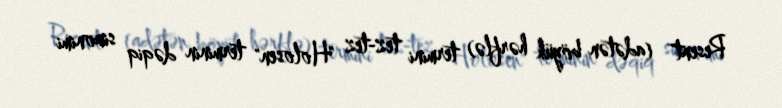
Resent" (adətən böyük hərflə) termini tez-tez "Holosen" terminin dəqiq sinonimi